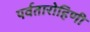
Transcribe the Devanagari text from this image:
पर्वतारोहिणी